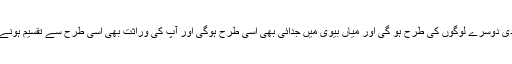
آپ کی شادی دوسرے لوگوں کی طرح ہو گی اور میاں بیوی میں جدائی بھی اسی طرح ہوگی اور آپ کی وراثت بھی اسی طرح سے تقسیم ہونے لگے گی ۔